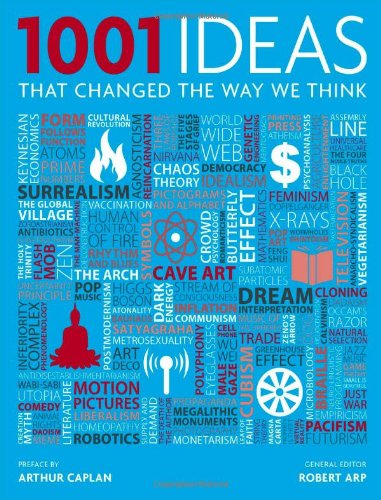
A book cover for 1001 Ideas That Changed the Way We Think; History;